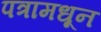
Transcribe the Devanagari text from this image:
पत्रामधून